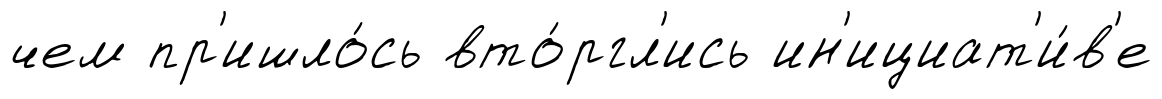
чем пр'ишло́сь вто́ргл'ись ин'ициат'и́в'е